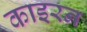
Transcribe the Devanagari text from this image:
काइरन